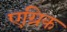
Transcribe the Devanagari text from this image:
एग्रिक